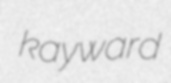
kayward